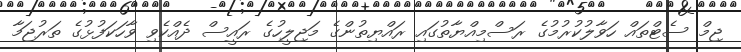
ޖިމް ސެޓްތައް ހަވާލުކުރުމުގެ ރަސްމިއްޔާތުގައި ރައްޔިތުންގެ މަޖިލީހުގެ ރައީސް ދެއްކެވި ވާހަކަފުޅުގެ ތަރުޖަމާ